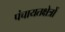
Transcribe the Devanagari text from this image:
पंचायतक्षेत्रों